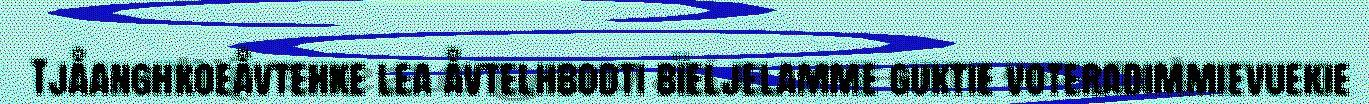
Tjåanghkoeåvtehke lea åvtelhbodti bïeljelamme guktie voteradimmievuekie